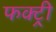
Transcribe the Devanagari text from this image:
फक्ट्री